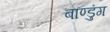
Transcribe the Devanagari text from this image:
बाण्डुंग